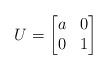
LaTeX: \begin{align*} U=\begin{bmatrix} a & 0 \\ 0 & 1 \end{bmatrix} \end{align*}